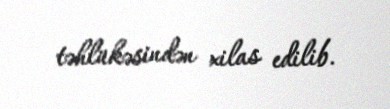
təhlükəsindən xilas edilib.